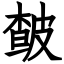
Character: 皶